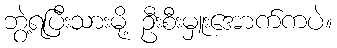
ဘွဲ့ရပြီးသားမို့ ဦးစီးမှူးအောက်ကပဲ။